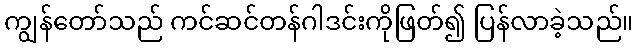
ကျွန်တော်သည် ကင်ဆင်တန်ဂါဒင်းကိုဖြတ်၍ ပြန်လာခဲ့သည်။